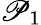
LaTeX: \mathscr{P}_{1}